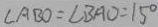
\angle A B O = \angle B A O = 1 5 ^ { \circ }